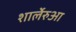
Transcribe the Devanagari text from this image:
शार्लेरुआ